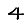
Digit: 4